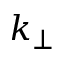
k _ { \perp }